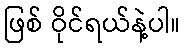
ဖြစ် ဝိုင်ရယ်နဲ့ပါ။